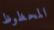
المحظوظ